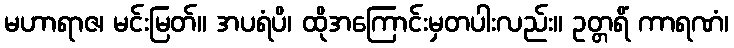
မဟာရာဇ၊ မင်းမြတ်။ အပရံပိ၊ ထိုအကြောင်းမှတပါးလည်း။ ဥတ္တရိံ ကာရဏံ၊